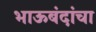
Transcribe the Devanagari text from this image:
भाऊबंदांचा